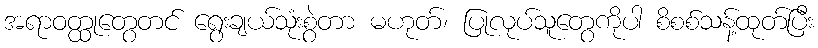
အရာဝတ္ထုတွေတင် ရွေးချယ်သုံးစွဲတာ မဟုတ်၊ ပြုလုပ်သူတွေကိုပါ စိစစ်သန့်ထုတ်ပြီး